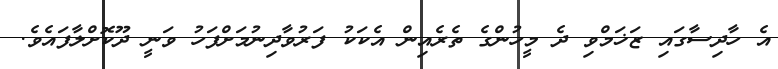
އެ ހާދިސާގައި ޒަޚަމްވި ދެ މީހުންގެ ތެރެއިން އެކަކު ފަރުވާދިނުމަށްފަހު ވަނީ ދޫކޮށްލާފައެވެ.